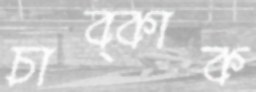
চাব্‌কাক